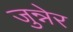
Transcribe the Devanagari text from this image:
जुन्नेर